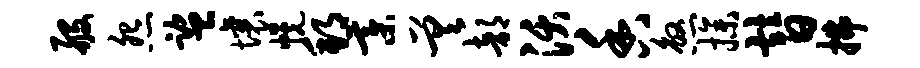
般怨监壤幌邦綦差部沃香煞操替拂